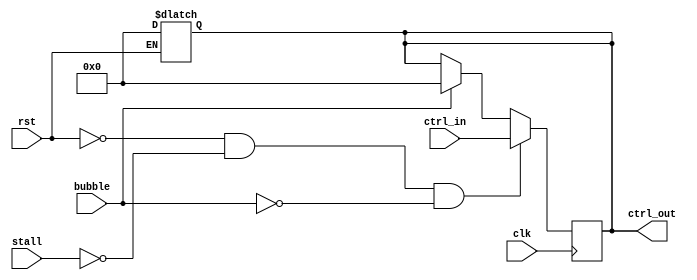
module ctrl_regs #(
    parameter TOT_BITS = 128    // Find a nice way to overload!
) (
    input wire clk, rst,
    input wire stall, bubble,   // Stall: keep the value, bubble: refresh with zero
    input wire[TOT_BITS-1:0] ctrl_in,
    output reg[TOT_BITS-1:0] ctrl_out
);
    always @(*) begin   // Async reset
        if (rst) begin
            ctrl_out <= 0;
        end
    end

    always @(posedge clk) begin
        if (!rst && !stall && !bubble) begin
            ctrl_out <= ctrl_in;
        end
        else if (bubble) begin
            ctrl_out <= 0;
        end
    end
endmodule